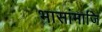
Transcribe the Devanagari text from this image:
भासांमाजि